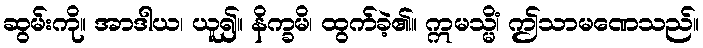
ဆွမ်းကို။ အာဒါယ၊ ယူ၍။ နိက္ခမိ၊ ထွက်ခဲ့၏။ ဣမသ္မိံ၊ ဤသာမဏေသည်။